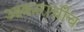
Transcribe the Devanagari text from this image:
आकाराचीच